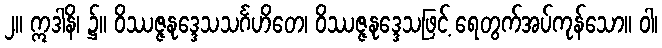
၂။ ဣဒါနိ၊ ၌။ ဝိဿဇ္ဇနုဒ္ဒေသသင်္ဂဟိတေ၊ ဝိဿဇ္ဇနုဒ္ဒေသဖြင့် ရေတွက်အပ်ကုန်သော။ ဝါ၊